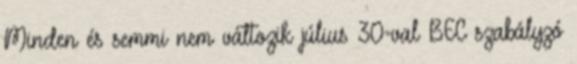
Minden és semmi nem változik július 30-val BEC szabályzó